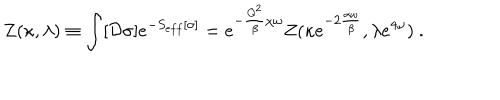
Z ( \kappa , \lambda ) \equiv \int [ { \cal D } \sigma ] e ^ { - S _ { e f f } [ \sigma ] } = e ^ { - { \frac { Q ^ { 2 } } { \beta } } \chi \omega } Z ( \kappa e ^ { - 2 { \frac { \alpha \omega } { \beta } } } , \lambda e ^ { 4 \omega } ) \ .